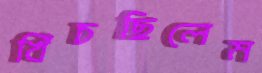
খিঁচছিলেম